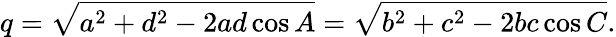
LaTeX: q={\sqrt{a^{2}+d^{2}-2ad\cos{A}}}={\sqrt{b^{2}+c^{2}-2bc\cos{C}}}.